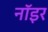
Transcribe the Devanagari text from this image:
नॉइर